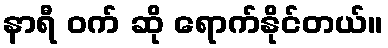
နာရီ ဝက် ဆို ရောက်နိုင်တယ်။